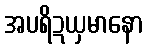
အပရိဍယှမာနော